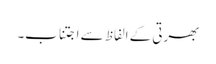
بھرتی کے الفاظ سے اجتناب۔